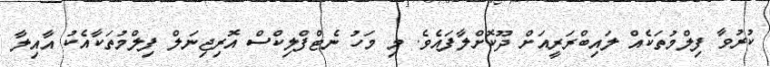
ކުރުވާ ފިލްމުތަކެއް ލައިބްރަރީއަށް ދޫކޮށްލާފައެވެ. މި މަހު ނެޓްފްލިކްސް އޮރިޖިނަލް ފިލްމުތަކާއެކު އާއިލާ